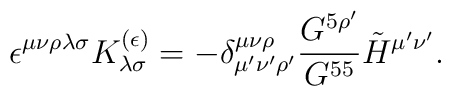
\epsilon^{\mu\nu\rho\lambda\sigma} K_{\lambda\sigma}^{(\epsilon)} = -\delta_{\mu' \nu' \rho'}^{\mu\nu\rho} {G^{5 \rho'}\over G^{55}}\tilde{H}^{\mu'\nu'}.